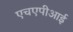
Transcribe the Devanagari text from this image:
एचएपीआई